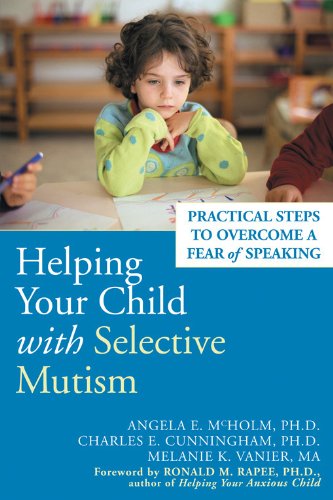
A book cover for Helping Your Child with Selective Mutism: Practical Steps to Overcome a Fear of Speaking; Ph.D. Angela E. McHolm; Parenting & Relationships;